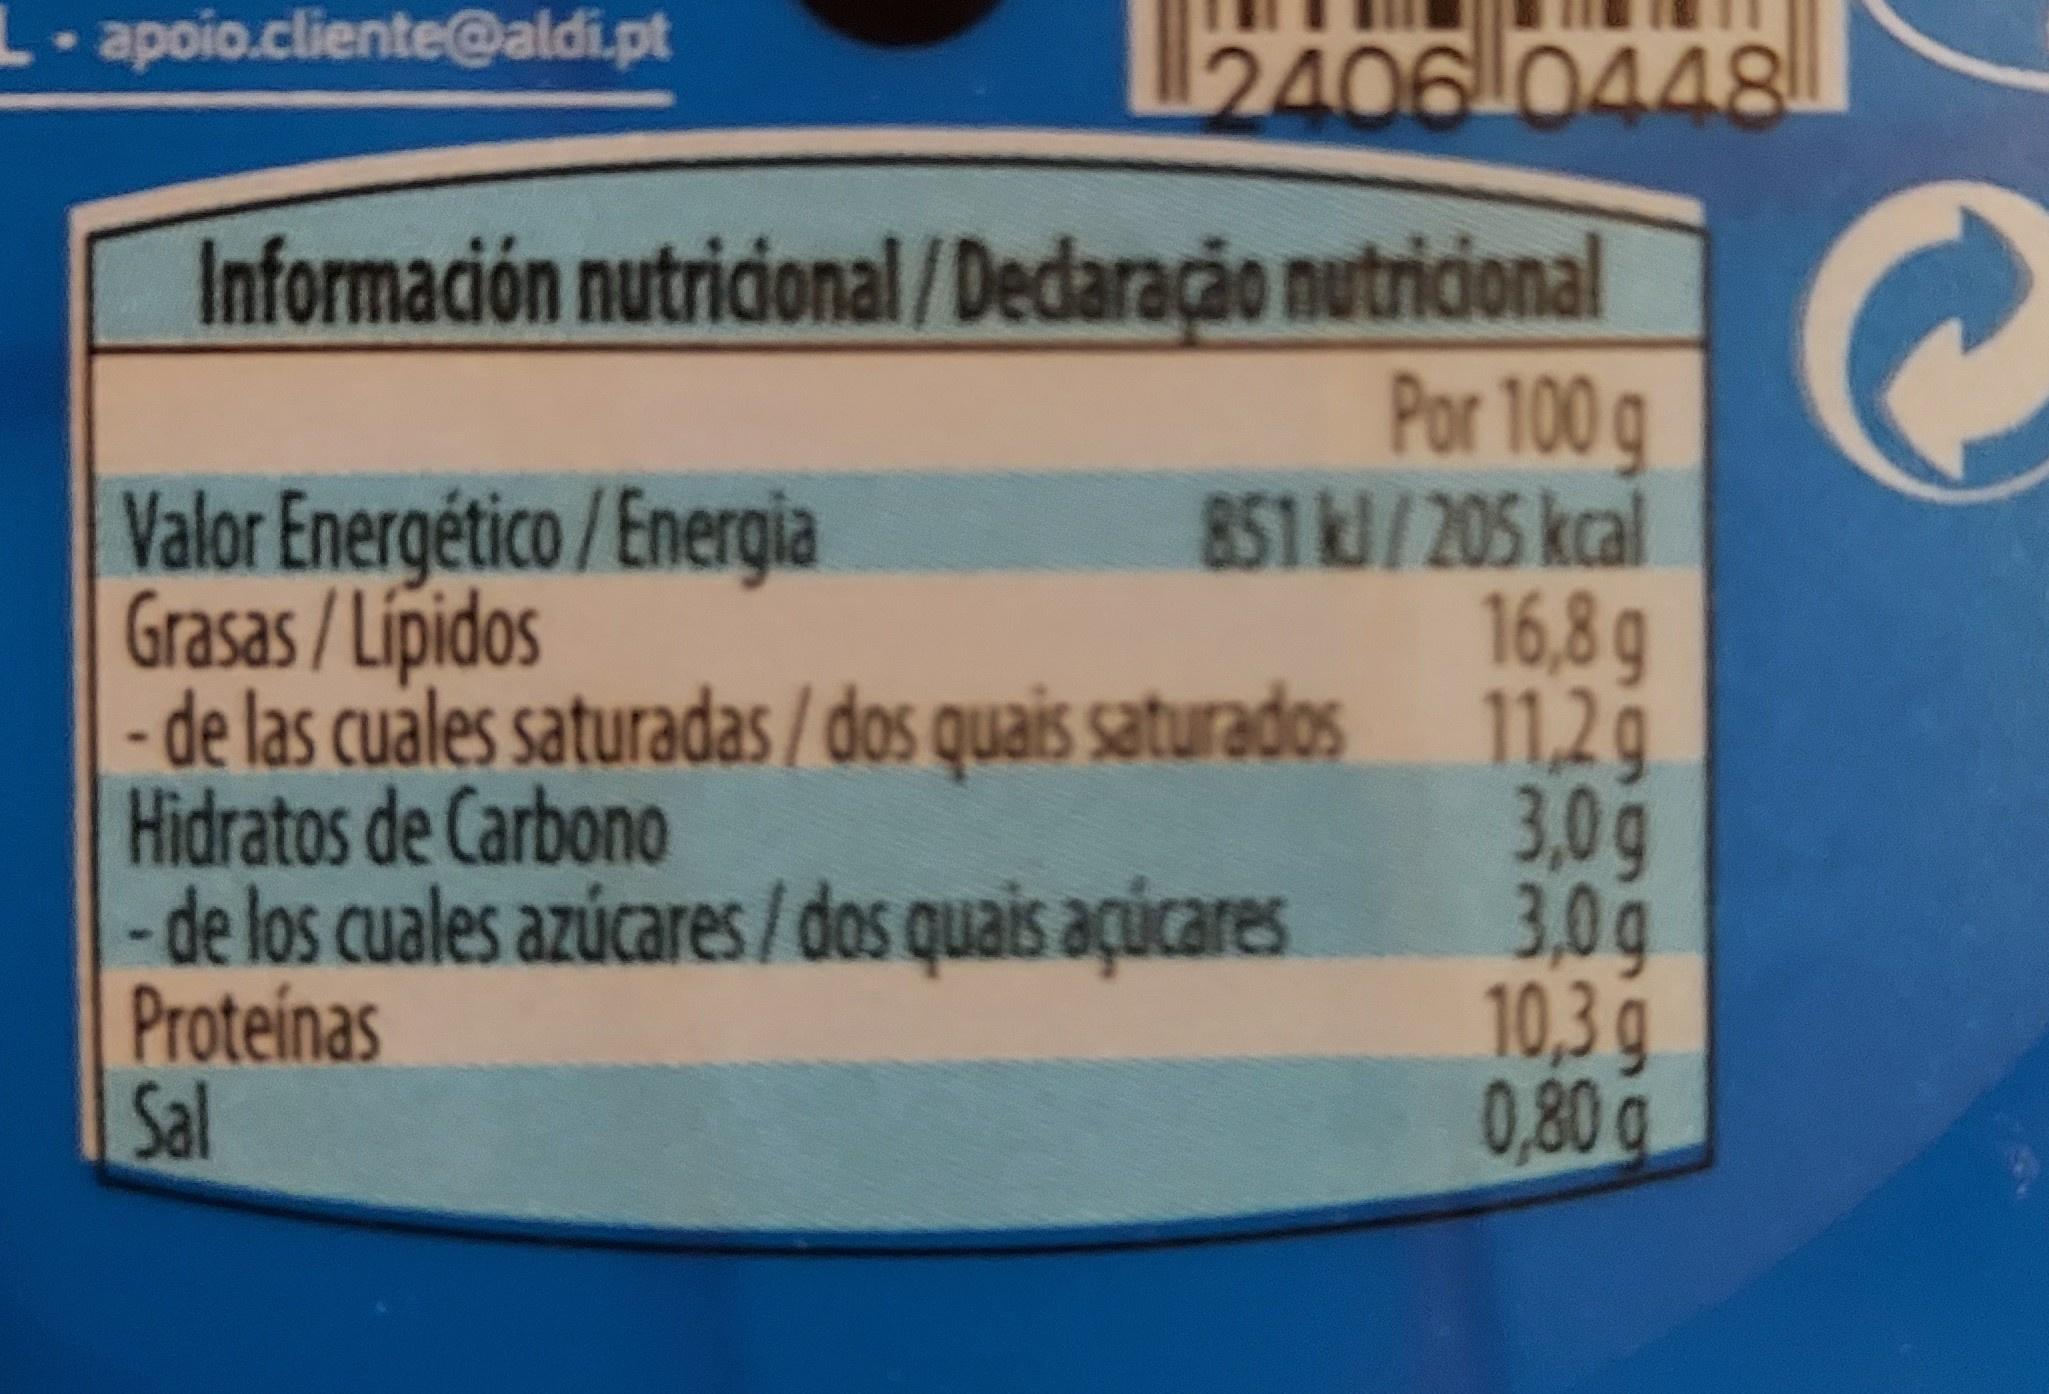
L-apoio.cliente@aldi.pt
24060448
Información nutricional/Dedaração nutricional Por 100 g 851 kJ/205 kcal 16,8g - de las cuales saturadas / dos quais saturados 11,29 3,0g 3,0g 10,3g 0,80 g
Valor Energético /Energia Grasas / Lípidos
Hidratos de Carbono - de los cuales azúcares /dos quais açúcares Proteinas Sal